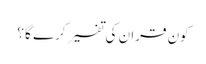
کون قران کی تفسیر کرے گا ؟